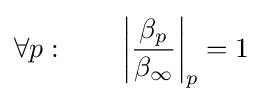
\forall p:\qquad \left|{\frac {\beta _{p}}{\beta _{\infty }}}\right|_{p}=1